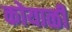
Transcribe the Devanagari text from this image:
कोयाळी